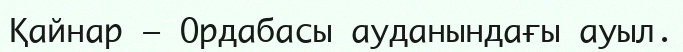
Қайнар – Ордабасы ауданындағы ауыл.